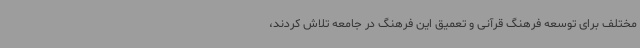
مختلف برای توسعه فرهنگ قرآنی و تعمیق این فرهنگ در جامعه تلاش کردند،